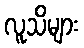
လူသိများ